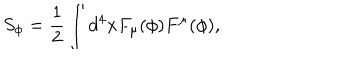
S _ { \phi } = \frac { 1 } { 2 } \int d ^ { 4 } x F _ { \mu } ( \phi ) F ^ { \mu } ( \phi ) ,